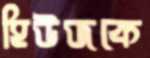
হিউজকে